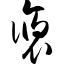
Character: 褒